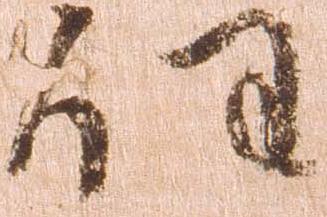
任